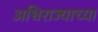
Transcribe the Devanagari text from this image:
अधिराज्याच्या